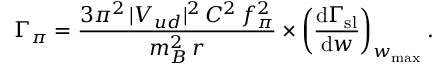
\Gamma _ { \pi } = { \frac { 3 \pi ^ { 2 } \, | V _ { u d } | ^ { 2 } \, C ^ { 2 } \, f _ { \pi } ^ { 2 } } { m _ { B } ^ { 2 } \, r } } \times \left( { \frac { \mathrm { d } \Gamma _ { \mathrm { s l } } } { \mathrm { d } w } } \right) _ { w _ { \mathrm { m a x } } } .